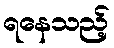
ရနေသည့်